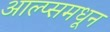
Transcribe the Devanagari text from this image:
आल्प्समधून